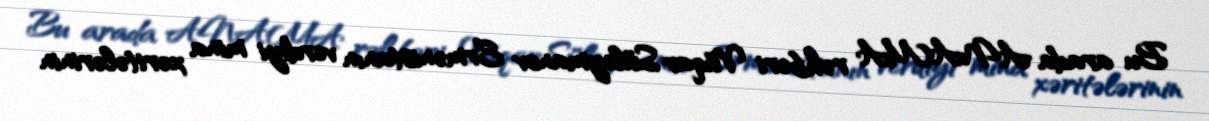
Bu arada ANAMA rəhbəri Vüqar Süleymanov Ermənistanın verdiyi mina xəritələrinin